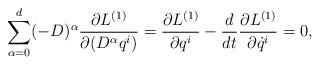
LaTeX: \begin{align*}\sum^{d}_{\alpha=0}(-D)^{\alpha}\frac{\partial L^{(1)}}{\partial (D^{\alpha}q^{i})}=\frac{\partial L^{(1)}}{\partial q^{i}}-\frac{d}{dt}\frac{\partial L^{(1)}}{\partial \dot{q}^{i}}=0,\end{align*}